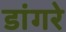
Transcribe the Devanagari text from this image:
डांगरे